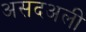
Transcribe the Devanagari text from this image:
असदअली